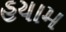
હયામ